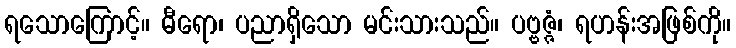
ရသောကြောင့်။ ဓီရော၊ ပညာရှိသော မင်းသားသည်။ ပဗ္ဗဇ္ဇံ၊ ရဟန်းအဖြစ်ကို။